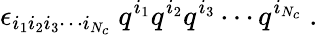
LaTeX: \epsilon_{i_{1}i_{2}i_{3}\cdots i_{N_{c}}}\ q^{i_{1}}q^{i_{2}}q^{i_{3}}\cdots q^{i_{N_{c}}}\ .